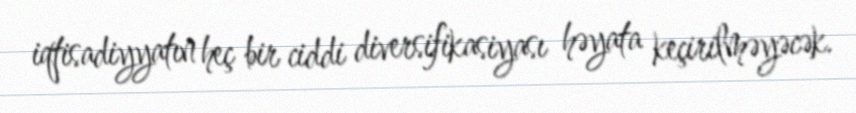
iqtisadiyyatın heç bir ciddi diversifikasiyası həyata keçirilməyəcək.